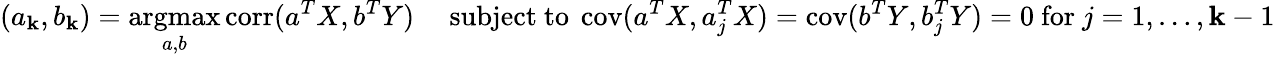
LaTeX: (a_{\mathbf{k}},b_{\mathbf{k}})={\underset{a,b}{\operatorname{argmax}}}\operatorname{corr}(a^{T}X,b^{T}Y)\quad{\mathrm{{~subject~to~}}}\operatorname{cov}(a^{T}X,a_{j}^{T}X)=\operatorname{cov}(b^{T}Y,b_{j}^{T}Y)=0{\mathrm{{~for~}}}j=1,\dots,\mathbf{k}-1